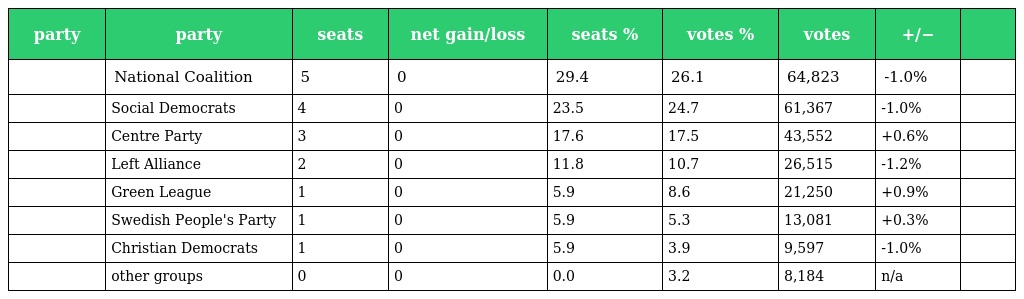
| party | party | seats | net gain/loss | seats % | votes % | votes | +/− |  |
 | --- | --- | --- | --- | --- | --- | --- | --- | --- |
 |  | National Coalition | 5 | 0 | 29.4 | 26.1 | 64,823 | -1.0% |  |
 |  | Social Democrats | 4 | 0 | 23.5 | 24.7 | 61,367 | -1.0% |  |
 |  | Centre Party | 3 | 0 | 17.6 | 17.5 | 43,552 | +0.6% |  |
 |  | Left Alliance | 2 | 0 | 11.8 | 10.7 | 26,515 | -1.2% |  |
 |  | Green League | 1 | 0 | 5.9 | 8.6 | 21,250 | +0.9% |  |
 |  | Swedish People's Party | 1 | 0 | 5.9 | 5.3 | 13,081 | +0.3% |  |
 |  | Christian Democrats | 1 | 0 | 5.9 | 3.9 | 9,597 | -1.0% |  |
 |  | other groups | 0 | 0 | 0.0 | 3.2 | 8,184 | n/a |  |